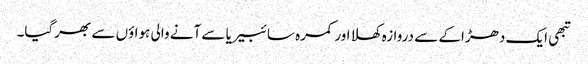
تبھی ایک دھڑاکے سے دروازہ کھلا اور کمرہ سائبیریا سے آنے والی ہواؤں سے بھرگیا۔